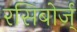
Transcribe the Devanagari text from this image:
रसिबोर्ज्